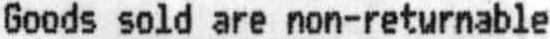
GOODS SOLD ARE NON-RETURNABLE